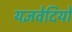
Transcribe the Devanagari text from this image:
यज्ञवेदियों